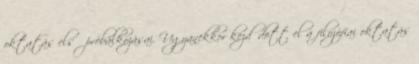
oktatás első próbálkozásai. Ugyanekkor kezdődött el a filozófiai oktatás